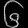
Digit: ၆